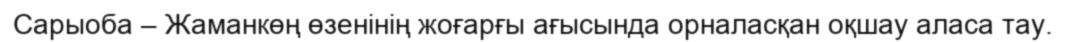
Сарыоба – Жаманкөң өзенінің жоғарғы ағысында орналасқан оқшау аласа тау.